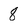
Character: 8